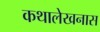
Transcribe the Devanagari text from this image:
कथालेखनास